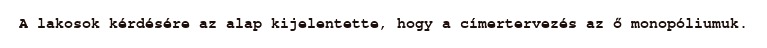
A lakosok kérdésére az alap kijelentette, hogy a címertervezés az ő monopóliumuk.